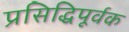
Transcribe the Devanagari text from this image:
प्रसिद्धिपूर्वक